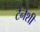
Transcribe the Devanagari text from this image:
टेनेशी